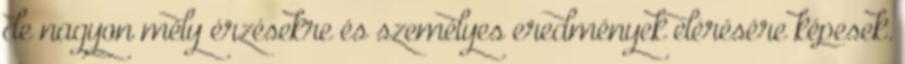
de nagyon mély érzésekre és személyes eredmények elérésére képesek.